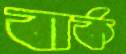
বার্ক